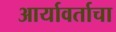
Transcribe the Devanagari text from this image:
आर्यावर्ताचा